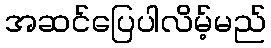
အဆင်ပြေပါလိမ့်မည်